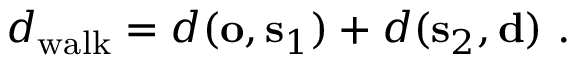
d _ { \mathrm { w a l k } } = d ( \mathbf { o } , \mathbf { s } _ { 1 } ) + d ( \mathbf { s } _ { 2 } , \mathbf { d } ) \, \, .